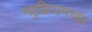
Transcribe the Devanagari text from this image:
म्य़ुझियमच्या